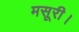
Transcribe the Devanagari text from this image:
मसूरी।